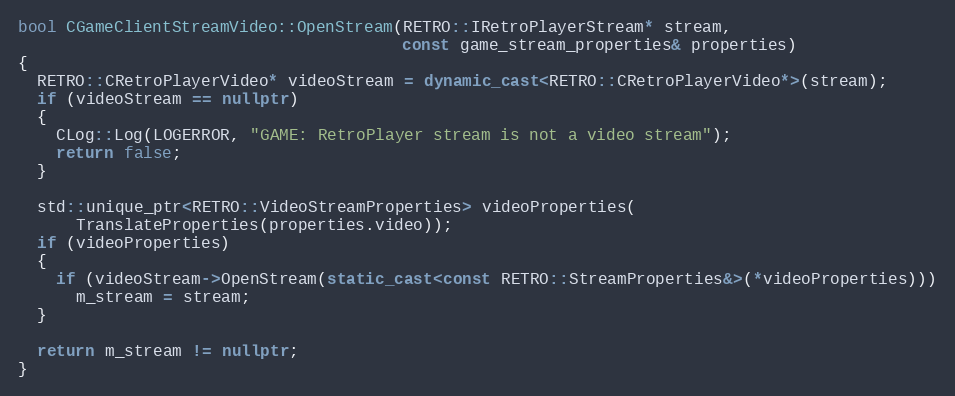
Language: C++
bool CGameClientStreamVideo::OpenStream(RETRO::IRetroPlayerStream* stream,
                                        const game_stream_properties& properties)
{
  RETRO::CRetroPlayerVideo* videoStream = dynamic_cast<RETRO::CRetroPlayerVideo*>(stream);
  if (videoStream == nullptr)
  {
    CLog::Log(LOGERROR, "GAME: RetroPlayer stream is not a video stream");
    return false;
  }

  std::unique_ptr<RETRO::VideoStreamProperties> videoProperties(
      TranslateProperties(properties.video));
  if (videoProperties)
  {
    if (videoStream->OpenStream(static_cast<const RETRO::StreamProperties&>(*videoProperties)))
      m_stream = stream;
  }

  return m_stream != nullptr;
}